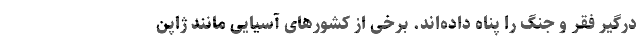
درگیر فقر و جنگ را پناه داده‌اند. برخی از کشورهای آسیایی مانند ژاپن